Punjab Mental Hospital Lahore 1932-46 - 1932-1946
Year: 1932
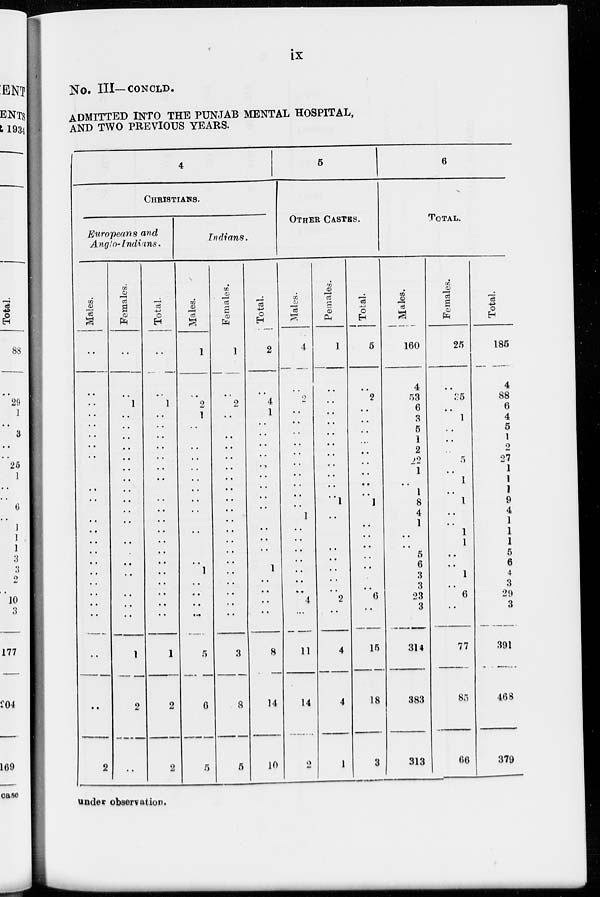
ix
No. III—CONCLD.
ADMITTED INTO THE PUNJAB MENTAL HOSPITAL,
AND TWO PREVIOUS YEARS.
4
CHRISTIANS.
Europeans and
Anglo-Indians.
Males.
..
..
..
..
..
..
..
..
..
..
..
..
..
..
..
..
..
..
..
..
..
..
..
...
...
2
Females.
..
..
1
..
..
..
..
..
..
..
..
..
..
..
..
..
..
..
..
..
..
..
..
1
2
-
Total.
..
..
1
..
..
..
..
..
..
..
..
..
..
..
..
..
..
..
..
..
..
..
..
1
2
2
Indians.
Males.
1
..
2
1
..
..
..
..
..
..
..
..
..
..
..
..
..
..
1
..
..
..
..
..
6
5
Females.
1
..
2
..
..
..
..
..
..
..
..
..
..
..
..
..
..
..
..
..
..
..
..
3
8
5
Total.
2
..
4
1
..
..
..
..
..
..
..
..
..
..
..
..
..
..
1
..
..
..
..
8
14
10
5
OTHER CASTES.
Males.
4
..
2
..
..
..
..
..
..
..
..
..
..
1
..
..
..
..
..
..
..
4
..
11
14
2
Females.
1
..
..
..
..
..
..
..
..
..
..
..
1
..
..
..
..
..
..
..
..
2
..
4
4
1
Total.
5
..
2
..
..
..
..
..
..
..
..
..
1
..
..
..
..
..
..
..
..
6
..
15
18
3
6
TOTAL.
Males.
160
4
53
6
3
5
1
2
22
1
..
1
8
4
1
..
..
5
6
3
3
23
3
314
383
313
Females.
25
..
35
..
1
..
..
..
5
..
1
..
1
..
..
1
1
..
..
1
..
6
..
77
85
66
Total.
185
4
88
6
4
5
1
2
27
1
1
1
9
4
1
1
1
5
6
4
3
29
3
391
468
379
under observation.